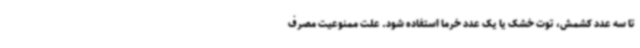
تا سه عدد کشمش، توت خشک یا یک عدد خرما استفاده شود. علت ممنوعیت مصرف